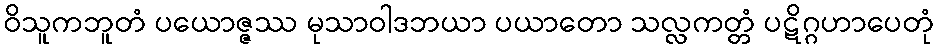
ဝိသူကဘူတံ ပယောဇ္ဇဿ မုသာဝါဒဘယာ ပယာတော သလ္လကတ္တံ ပဋိဂ္ဂဟာပေတုံ